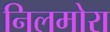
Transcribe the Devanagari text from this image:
निलमोरा